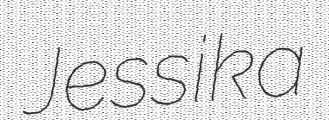
Jessika